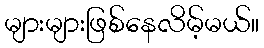
များများဖြစ်နေလိမ့်မယ်။